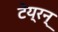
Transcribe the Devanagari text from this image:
टेय्रन्